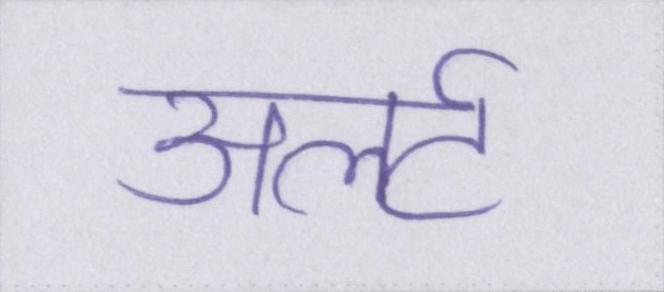
अलर्ट